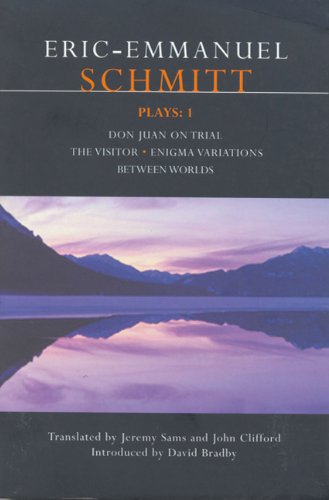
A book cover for Schmitt Plays: 1: Don Juan on Trial , The Visitor , Enigma Variations , Between Worlds (Contemporary Dramatists) (v. 1); Eric-Emmanuel Schmitt; Literature & Fiction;